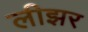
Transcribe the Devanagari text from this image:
लीझर